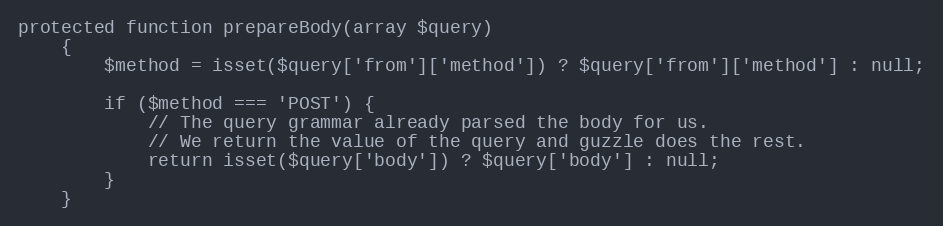
Language: PHP
protected function prepareBody(array $query)
    {
        $method = isset($query['from']['method']) ? $query['from']['method'] : null;

        if ($method === 'POST') {
            // The query grammar already parsed the body for us.
            // We return the value of the query and guzzle does the rest.
            return isset($query['body']) ? $query['body'] : null;
        }
    }